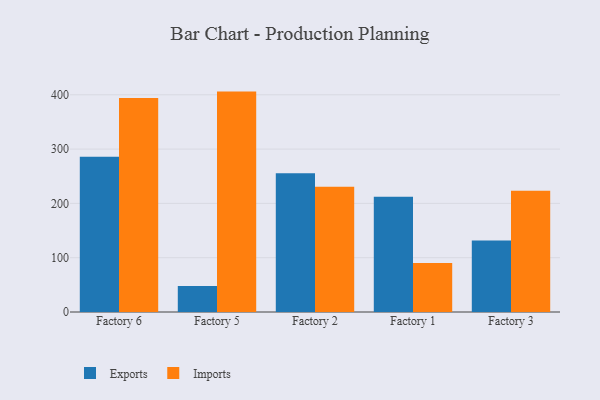
{"axis": {"x": "Factory", "y": "Bounce Rate (%)"}, "legend": ["Exports", "Imports"], "data": [{"x": "Factory 6", "y": 286.0, "type": "Exports"}, {"x": "Factory 6", "y": 393.9, "type": "Imports"}, {"x": "Factory 5", "y": 47.8, "type": "Exports"}, {"x": "Factory 5", "y": 405.9, "type": "Imports"}, {"x": "Factory 2", "y": 255.6, "type": "Exports"}, {"x": "Factory 2", "y": 230.7, "type": "Imports"}, {"x": "Factory 1", "y": 212.3, "type": "Exports"}, {"x": "Factory 1", "y": 90.2, "type": "Imports"}, {"x": "Factory 3", "y": 131.7, "type": "Exports"}, {"x": "Factory 3", "y": 223.2, "type": "Imports"}]}